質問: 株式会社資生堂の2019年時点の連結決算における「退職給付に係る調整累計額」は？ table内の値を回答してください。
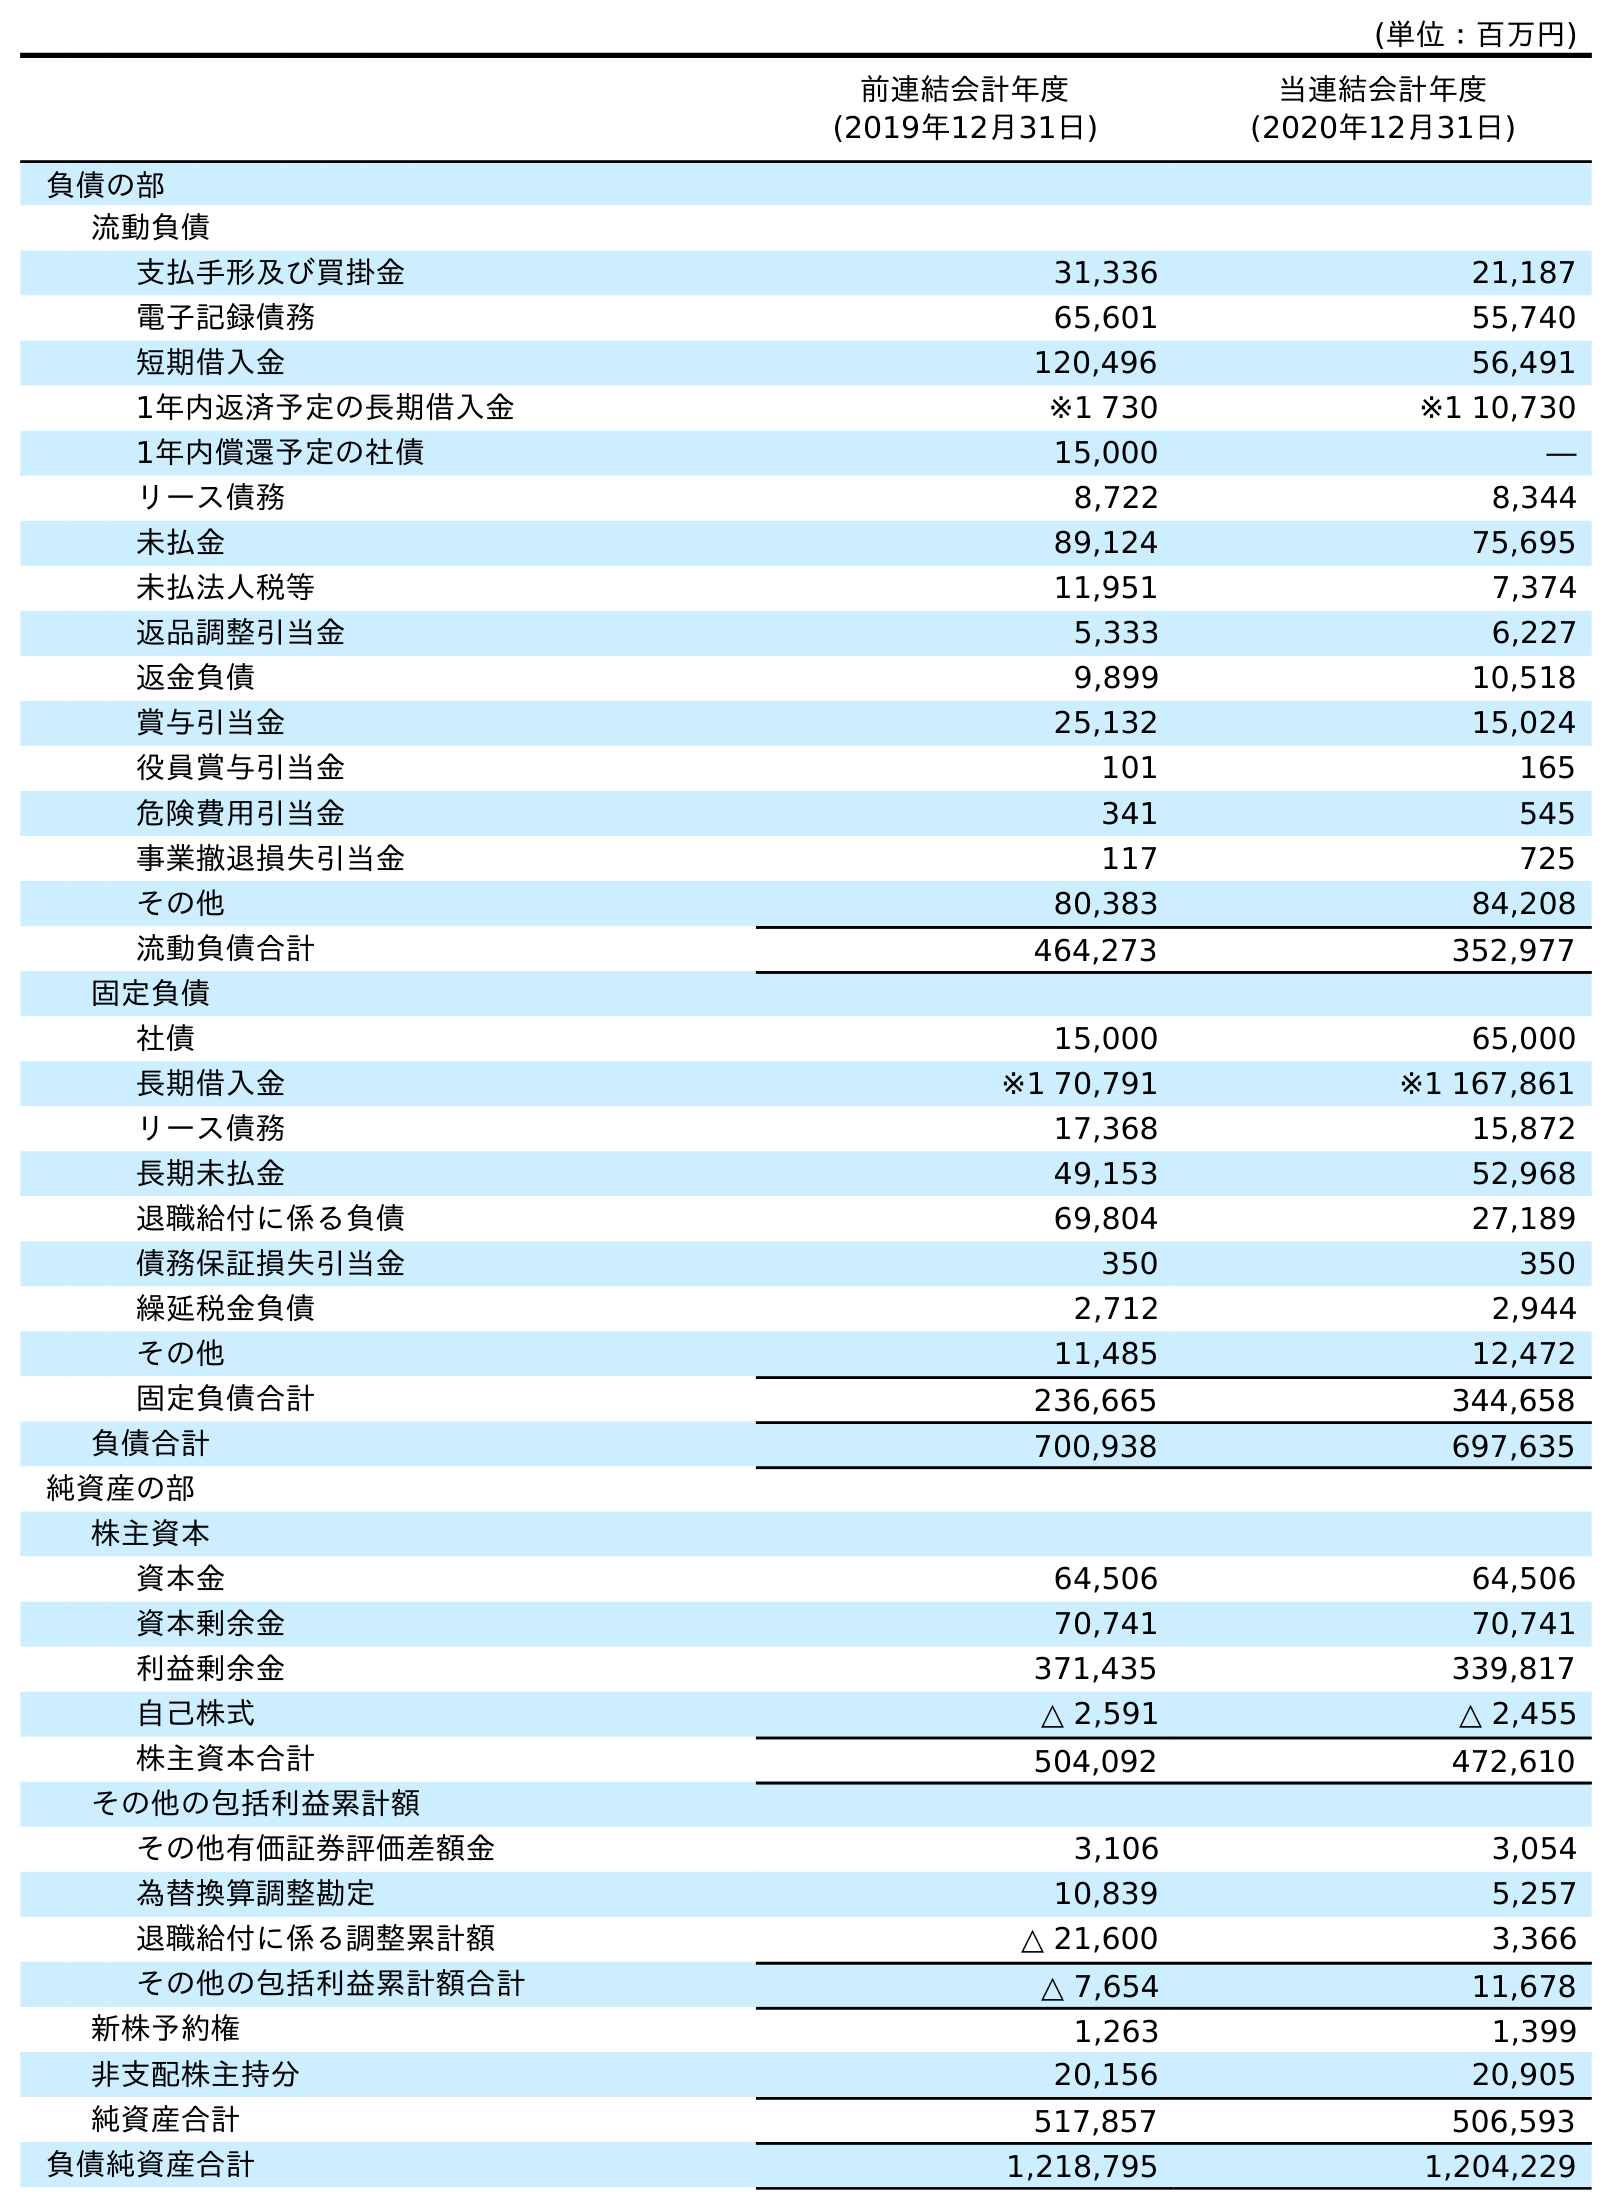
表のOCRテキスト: (単位：百万円) 前連結会計年度 (2019年12月31日) 当連結会計年度 (2020年12月31日) 負債の部 流動負債 支払手形及び買掛金 31,336 21,187 電子記録債務 65,601 55,740 短期借入金 120,496 56,491 1年内返済予定の長期借入金 ※1 730 ※1 10,730 1年内償還予定の社債 15,000 ― リース債務 8,722 8,344 未払金 89,124 75,695 未払法人税等 11,951 7,374 返品調整引当金 5,333 6,227 返金負債 9,899 10,518 賞与引当金 25,132 15,024 役員賞与引当金 101 165 危険費用引当金 341 545 事業撤退損失引当金 117 725 その他 80,383 84,208 流動負債合計 464,273 352,977 固定負債 社債 15,000 65,000 長期借入金 ※1 70,791 ※1 167,861 リース債務 17,368 15,872 長期未払金 49,153 52,968 退職給付に係る負債 69,804 27,189 債務保証損失引当金 350 350 繰延税金負債 2,712 2,944 その他 11,485 12,472 固定負債合計 236,665 344,658 負債合計 700,938 697,635 純資産の部 株主資本 資本金 64,506 64,506 資本剰余金 70,741 70,741 利益剰余金 371,435 339,817 自己株式 △ 2,591 △ 2,455 株主資本合計 504,092 472,610 その他の包括利益累計額 その他有価証券評価差額金 3,106 3,054 為替換算調整勘定 10,839 5,257 退職給付に係る調整累計額 △ 21,600 3,366 その他の包括利益累計額合計 △ 7,654 11,678 新株予約権 1,263 1,399 非支配株主持分 20,156 20,905 純資産合計 517,857 506,593 負債純資産合計 1,218,795 1,204,229
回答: △21,600